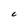
Character: C